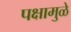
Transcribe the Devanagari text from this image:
पक्षामुळे